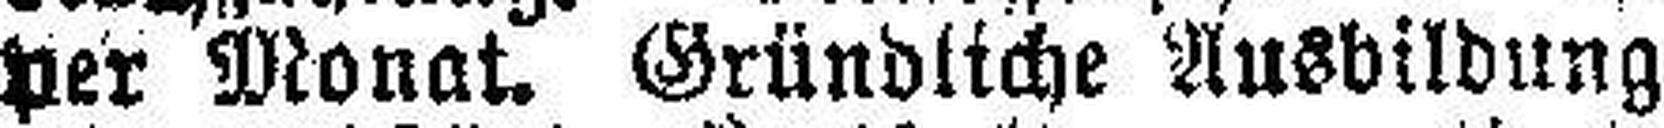
per Monat. Gründliche Ausbildung